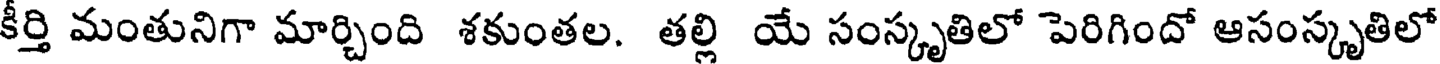
కీర్తి మంతునిగా మార్చింది శకుంతల. తల్లి యే సంస్కృతిలో పెరిగిందో ఆసంస్కృతిలో